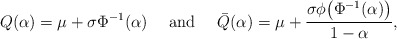
\begin{align*}Q(\alpha) = \mu + \sigma \Phi^{-1}(\alpha)~~~ \mbox{ and }~~~ \bar Q(\alpha) = \mu + \frac{\sigma\phi\big(\Phi^{-1}(\alpha)\big)}{1-\alpha},\end{align*}